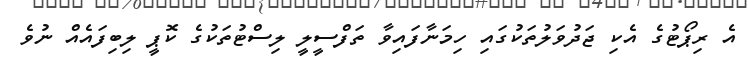
އެ ރިޕޯޓުގެ އެކި ޖަދުވަލުތަކުގައި ހިމަނާފައިވާ ތަފްސީލީ ލިސްޓުތަކުގެ ކޮޕީ ލިބިފައެއް ނުވެ